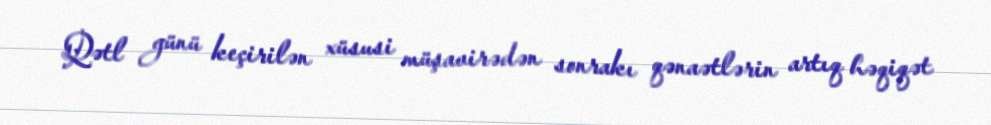
Qətl günü keçirilən xüsusi müşavirədən sonrakı qənaətlərin artıq həqiqət